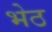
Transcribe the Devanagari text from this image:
भेठ